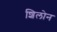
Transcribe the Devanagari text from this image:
शिलोन